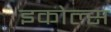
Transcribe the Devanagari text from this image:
इकोल्स